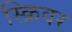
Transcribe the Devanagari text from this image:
स्क्रिवर